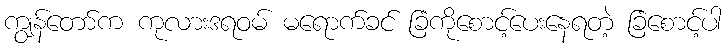
ကျွန်တော်က ကုလားဒရဝမ် မရောက်ခင် ခြံကိုစောင့်ပေးနေရတဲ့ ခြံစောင့်ပါ